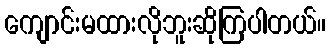
ကျောင်းမထားလိုဘူးဆိုကြပါတယ်။